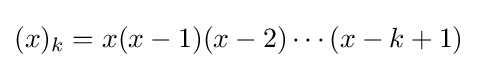
(x)_{k}=x(x-1)(x-2)\cdots (x-k+1)